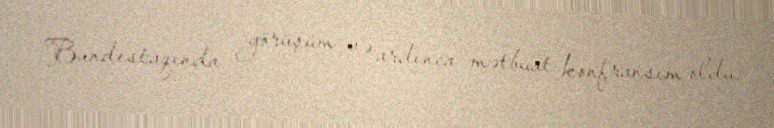
Bundestaqında görüşüm və ardınca mətbuat konfransım oldu.